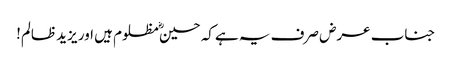
جناب عرض صرف یہ ہےکہ حسینؓ مظلوم ہیں اور یزید ظالم!